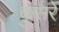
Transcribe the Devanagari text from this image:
कुसरे